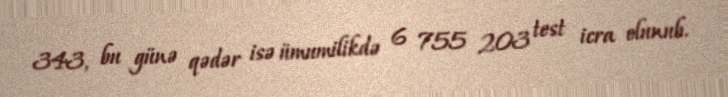
343, bu günə qədər isə ümumilikdə 6 755 203 test icra olunub.